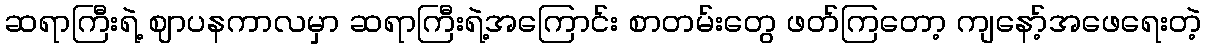
ဆရာကြီးရဲ့ ဈာပနကာလမှာ ဆရာကြီးရဲ့အကြောင်း စာတမ်းတွေ ဖတ်ကြတော့ ကျနော့်အဖေရေးတဲ့